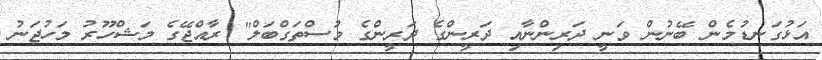
އަޅުގަނޑުމެން ބޭނުން ވަނީ ދަރިންނާއި ދަރީންގެ ދަރީންގެ މުސްތަގްބަލް" ރާއްޖޭގެ މަޝްހޫރު މަހުޖަނު